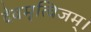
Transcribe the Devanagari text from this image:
देवमृत्विजम्‌।